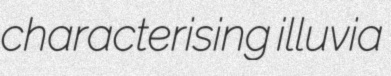
characterising illuvia